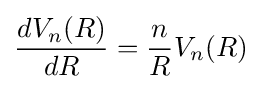
{\frac {dV_{n}(R)}{dR}}={\frac {n}{R}}V_{n}(R)